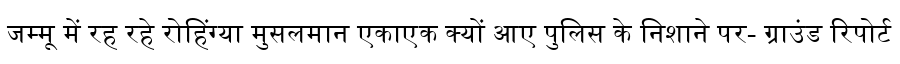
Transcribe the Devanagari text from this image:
जम्मू में रह रहे रोहिंग्या मुसलमान एकाएक क्यों आए पुलिस के निशाने पर- ग्राउंड रिपोर्ट